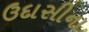
ઉદાસીના